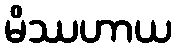
မိဿဟာယ